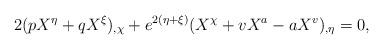
LaTeX: \begin{align*}2(pX^\eta+qX^\xi )_{,\chi} +e^{2(\eta +\xi )}(X^\chi +vX^a-aX^v)_{,\eta}=0,\end{align*}